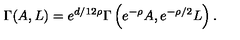
\Gamma ( A , L ) = { e ^ { d / 1 2 \rho } } \Gamma \left( { e ^ { - \rho } } A , { e ^ { - \rho / 2 } } L \right) .